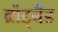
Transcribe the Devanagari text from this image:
ब्रॉड्बैंड